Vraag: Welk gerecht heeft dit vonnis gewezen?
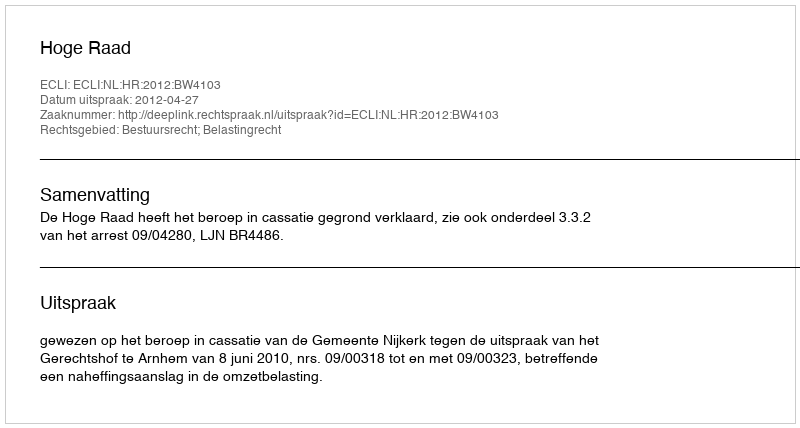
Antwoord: Hoge Raad